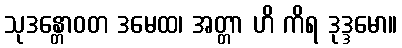
သုဒန္တောဝတ ဒမေထ၊ အတ္တာ ဟိ ကိရ ဒုဒ္ဒမော။